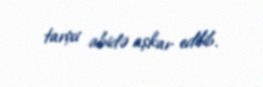
tarixi abidə aşkar edilib.